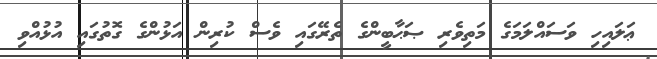
ޢަލައިހި ވަސައްލަމަގެ މަތިވެރި ޞަޙާބީންގެ ތެރޭގައި ވެސް ކުރިން އަޅުންގެ ގޮތުގައި އުޅުއްވި